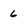
Character: 6